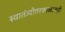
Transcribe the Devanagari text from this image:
स्वातंत्र्योत्तरकाळातही